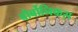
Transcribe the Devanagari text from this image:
बोर्बोनिकस